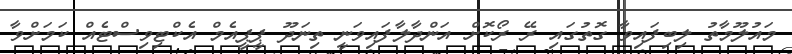
މައުލޫމާތު ލިބިފައިވާ ގޮތުގައި ރޭ ރޯކޮށް އަންދާލާފައިވަނީ ތިނަދޫ ޕީޕީއެމް އެކްޓިވިސްޓެއް ކަމަށްވާ